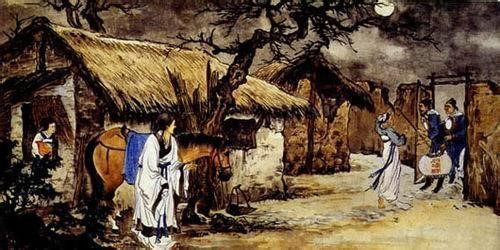
天明登前途，独与老翁别。